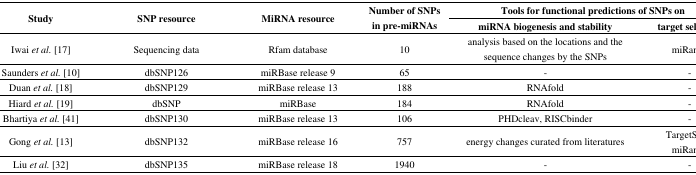
<table><thead><tr><td rowspan="2"><b>Study</b></td><td rowspan="2"><b>SNP resource</b></td><td rowspan="2"><b>MiRNA resource</b></td><td rowspan="2"><b>Number of SNPs in pre-miRNAs</b></td><td colspan="2"><b>Tools for functional predictions of SNPs on </b></td></tr><tr><td><b>miRNA biogenesis and stability</b></td><td><b>target selection</b></td></tr></thead><tbody><tr><td>Iwai <i>et al.</i> [17]</td><td>Sequencing data</td><td>Rfam database</td><td>10</td><td>analysis based on the locations and the sequence changes by the SNPs</td><td>miRanda</td></tr><tr><td>Saunders<i>et al.</i> [10]</td><td>dbSNP126</td><td>miRBase release 9</td><td>65</td><td>-</td><td>-</td></tr><tr><td>Duan<i>et al.</i> [18] </td><td>dbSNP129</td><td>miRBase release 13</td><td>188</td><td>RNAfold</td><td>-</td></tr><tr><td>Hiard<i>et al.</i>[19]</td><td>dbSNP</td><td>miRBase</td><td>184</td><td>RNAfold</td><td>-</td></tr><tr><td>Bhartiya <i>et al.</i> [41]</td><td>dbSNP130 </td><td>miRBase release 13</td><td>106</td><td>PHDcleav, RISCbinder</td><td>-</td></tr><tr><td>Gong<i>et al.</i>[13]</td><td>dbSNP132</td><td>miRBase release 16</td><td>757</td><td>energy changes curated from literatures</td><td>TargetScan, miRanda</td></tr><tr><td>Liu<i>et al.</i>[32]</td><td>dbSNP135</td><td>miRBase release 18</td><td>1940</td><td>-</td><td>-</td></tr></tbody></table>